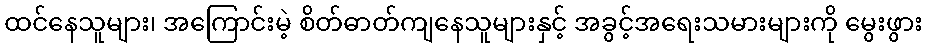
ထင်နေသူများ၊ အကြောင်းမဲ့ စိတ်ဓာတ်ကျနေသူများနှင့် အခွင့်အရေးသမားများကို မွေးဖွား